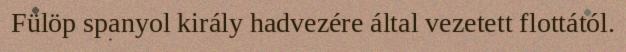
Fülöp spanyol király hadvezére által vezetett flottától.